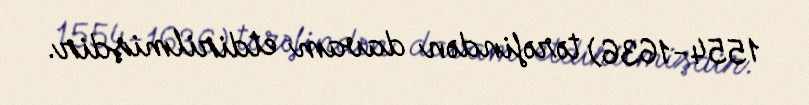
1554-1636) tərəfindən davam etdirilmişdir.